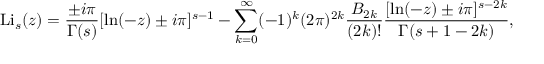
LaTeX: \operatorname { L i } _ { s } ( z ) = { \frac { \pm i \pi } { \Gamma ( s ) } } [ \ln ( - z ) \pm i \pi ] ^ { s - 1 } - \sum _ { k = 0 } ^ { \infty } ( - 1 ) ^ { k } ( 2 \pi ) ^ { 2 k } { \frac { B _ { 2 k } } { ( 2 k ) ! } } { \frac { [ \ln ( - z ) \pm i \pi ] ^ { s - 2 k } } { \Gamma ( s + 1 - 2 k ) } } ,